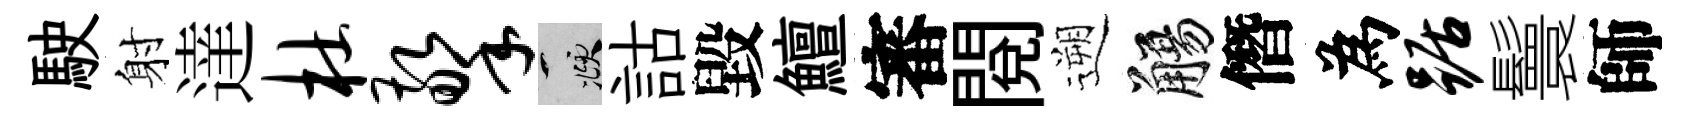
駛射達杜擎頫詁毀鱣審閱遡觴僭為踞鬟師